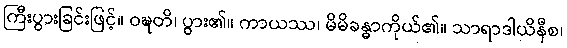
ကြီးပွားခြင်းဖြင့်။ ဝဍ္ဎတိ၊ ပွား၏။ ကာယဿ၊ မိမိခန္ဓာကိုယ်၏။ သာရာဒါယိနီစ၊